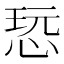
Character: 𰑨